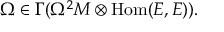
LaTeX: \Omega \in \Gamma ( \Omega ^ { 2 } M \otimes { \mathrm { H o m } } ( E , E ) ) .